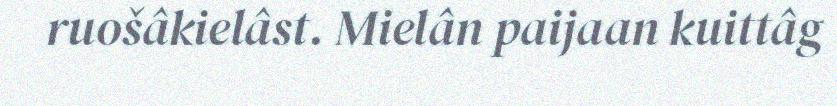
ruošâkielâst. Mielân paijaan kuittâg